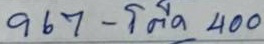
967 - โต๊ด 400